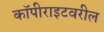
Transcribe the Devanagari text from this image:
कॉपीराइटवरील